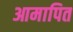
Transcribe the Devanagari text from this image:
आमापित